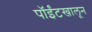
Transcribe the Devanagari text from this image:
पॉईंटखालून